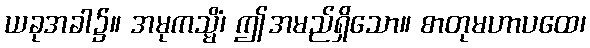
ယခုအခါ၌။ အမုကသ္မိံ၊ ဤအမည်ရှိသော။ စာတုမဟာပထေ၊